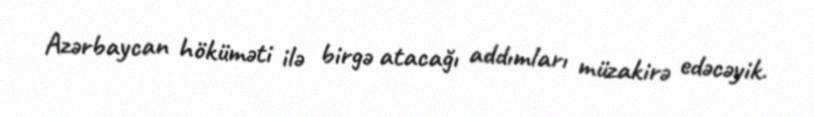
Azərbaycan höküməti ilə birgə atacağı addımları müzakirə edəcəyik.